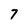
Character: 7